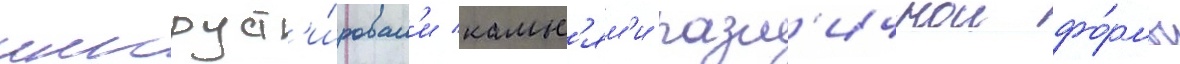
инкруст'и́ровал'и камн'ям'и разл'ичнои фо́рмы